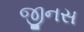
જીનસ